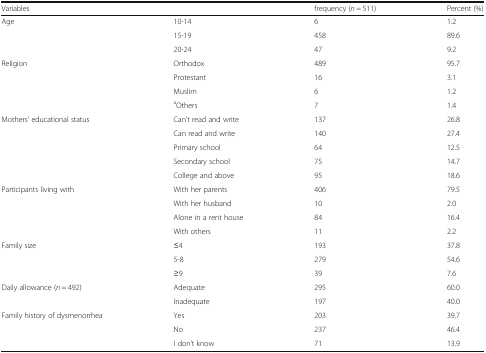
<table><thead><tr><td colspan="2"><b>Variables</b></td><td><b>frequency (<i>n</i> = 511)</b></td><td><b>Percent (%)</b></td></tr></thead><tbody><tr><td rowspan="3">Age</td><td>10-14</td><td>6</td><td>1.2</td></tr><tr><td>15-19</td><td>458</td><td>89.6</td></tr><tr><td>20-24</td><td>47</td><td>9.2</td></tr><tr><td rowspan="4">Religion</td><td>Orthodox</td><td>489</td><td>95.7</td></tr><tr><td>Protestant</td><td>16</td><td>3.1</td></tr><tr><td>Muslim</td><td>6</td><td>1.2</td></tr><tr><td><sup>a</sup>Others</td><td>7</td><td>1.4</td></tr><tr><td rowspan="5">Mothers’ educational status</td><td>Can’t read and write</td><td>137</td><td>26.8</td></tr><tr><td>Can read and write</td><td>140</td><td>27.4</td></tr><tr><td>Primary school</td><td>64</td><td>12.5</td></tr><tr><td>Secondary school</td><td>75</td><td>14.7</td></tr><tr><td>College and above</td><td>95</td><td>18.6</td></tr><tr><td rowspan="4">Participants living with</td><td>With her parents</td><td>406</td><td>79.5</td></tr><tr><td>With her husband</td><td>10</td><td>2.0</td></tr><tr><td>Alone in a rent house</td><td>84</td><td>16.4</td></tr><tr><td>With others</td><td>11</td><td>2.2</td></tr><tr><td rowspan="3">Family size</td><td>≤4</td><td>193</td><td>37.8</td></tr><tr><td>5-8</td><td>279</td><td>54.6</td></tr><tr><td>≥9</td><td>39</td><td>7.6</td></tr><tr><td rowspan="2">Daily allowance (<i>n</i> = 492)</td><td>Adequate</td><td>295</td><td>60.0</td></tr><tr><td>Inadequate</td><td>197</td><td>40.0</td></tr><tr><td rowspan="3">Family history of dysmenorrhea</td><td>Yes</td><td>203</td><td>39.7</td></tr><tr><td>No</td><td>237</td><td>46.4</td></tr><tr><td>I don’t know</td><td>71</td><td>13.9</td></tr></tbody></table>